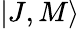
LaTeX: \left|J,M\right\rangle